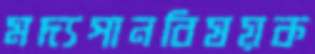
মদ্যপানবিষয়ক